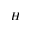
H